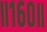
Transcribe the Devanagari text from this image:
॥१६०॥